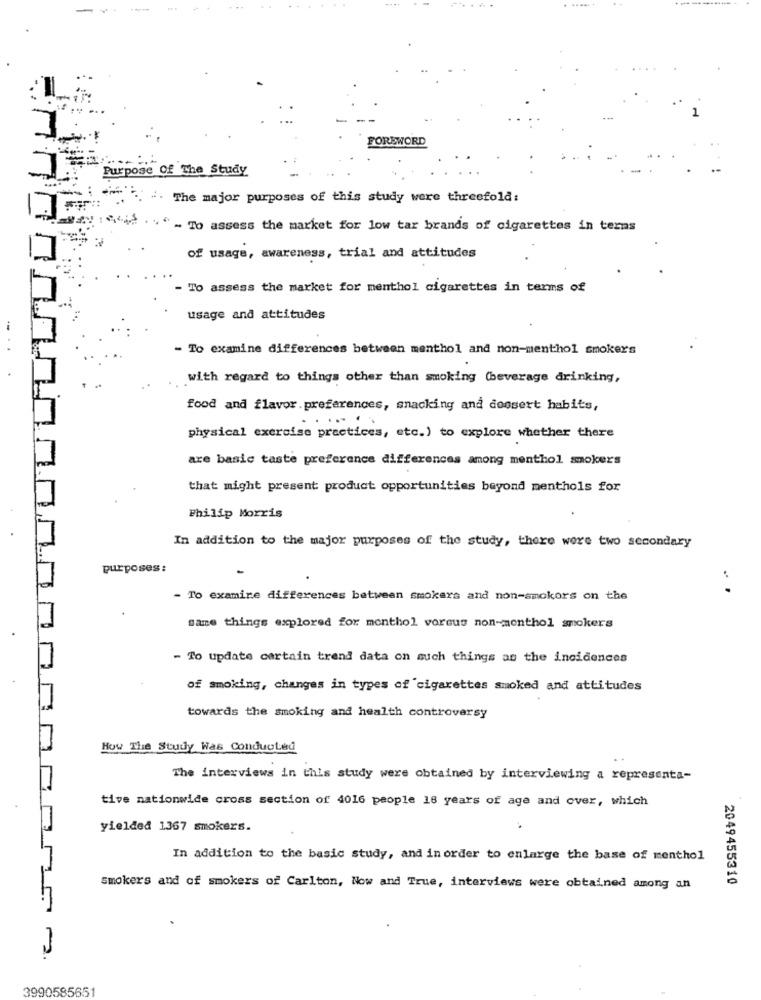
. ......
-
FOREWORD
Purpose Of The Study
.. . The major purposes of this study were threefold:
- To assess the market for low tar brands of cigarettes in ters
of usage, awareness, trial and attitudes
- To assess the market for menthol cigarettes in terms of
usage and attitudes
- To examine differences between menthol and non-menthol smokers
with regard to things other than smoking (beverage drinking,
food and flavor.preferences, snacking and dossert habits,
... .
physical exercise practices, etc.) to explore whether there
are basic taste preference differences among menthol smokers
that might present product opportunities beyond menthols for
Philip Morris
In addition to the major purposes of the study, there were two secondary
purposes :
.. .
- To examine differences between smokers and non-smokors on the
same things explored for monthol voreus non-menthol smokers
- To update certain trend data on such things as the incidences
of smoking, changes in types of cigarettes smoked and attitudes
towards the smoking and health controversy
How The Study Was Conducted
The interviews in this study were obtained by interviewing a representa-
tive nationwide cross section of 4016 people 18 years of age and over, which
yielded 1367 smokers.
In addition to the basic study, and in order to enlarge the base of menthol
2049455310
smokers and of smokers of Carlton, Now and True, interviews were obtained among an
3990585651